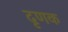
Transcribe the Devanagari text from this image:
दृणक